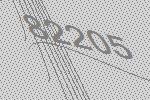
82205